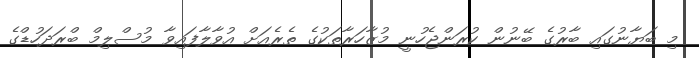
މި ބަޔާނުގައި ބާރުގެ ބޭނުން ކުރަންޖެހުނީ މުޒާހަރާތަކުގެ ތެރެއަށް އުވާލާފައިވާ މުސްލިމް ބްރަދަހުޑްގެ